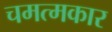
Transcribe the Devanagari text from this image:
चमत्मकार